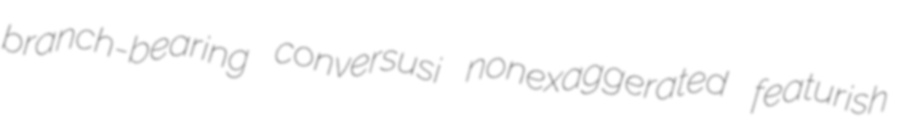
branch-bearing conversusi nonexaggerated featurish